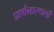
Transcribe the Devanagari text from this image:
प्रार्थनास्थलों